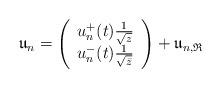
LaTeX: \begin{align*}\mathfrak{u}_n=\left(\begin{array}{c}u^+_n(t)\frac{1}{\sqrt{z}}\\u^-_n(t)\frac{1}{\sqrt{\bar{z}}}\end{array}\right)+\mathfrak{u}_{n,\mathfrak{R}}\end{align*}